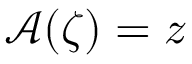
\mathcal { A } ( \zeta ) = z